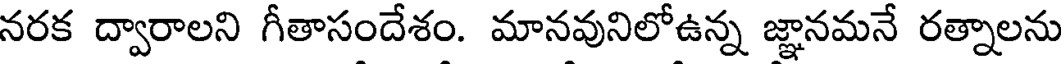
నరక ద్వారాలని గీతాసందేశం. మానవునిలోఉన్న జ్ఞానమనే రత్నాలను